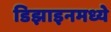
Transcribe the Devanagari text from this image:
डिझाइनमध्ये